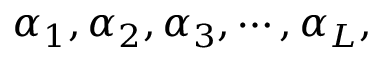
\alpha _ { 1 } , \alpha _ { 2 } , \alpha _ { 3 } , \cdots , \alpha _ { L } ,